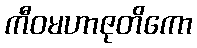
ကီဝမဟာဇုတိကော